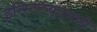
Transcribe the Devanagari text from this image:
इन्स्टिटयूटमध्ये